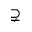
\supsetneq